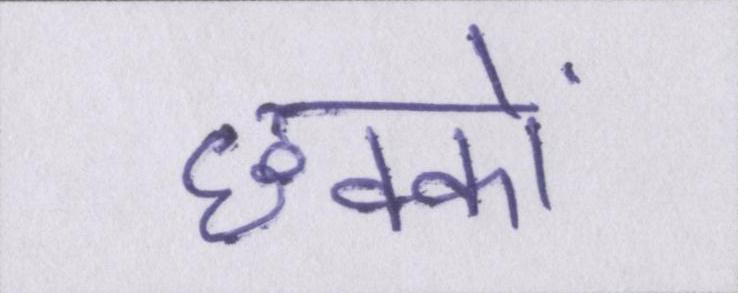
छक्कों